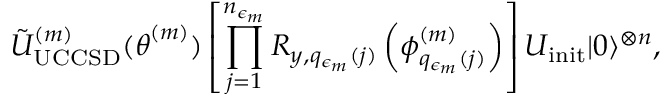
\tilde { U } _ { \mathrm { U C C S D } } ^ { ( m ) } ( \boldsymbol { \theta } ^ { ( m ) } ) \left[ \prod _ { j = 1 } ^ { n _ { \epsilon _ { m } } } R _ { y , q _ { \epsilon _ { m } } ( j ) } \left( \phi _ { q _ { \epsilon _ { m } } ( j ) } ^ { ( m ) } \right) \right] U _ { \mathrm { i n i t } } | 0 \rangle ^ { \otimes n } ,